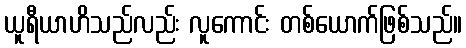
ယူရီယာဟိသည်လည်း လူကောင်း တစ်ယောက်ဖြစ်သည်။